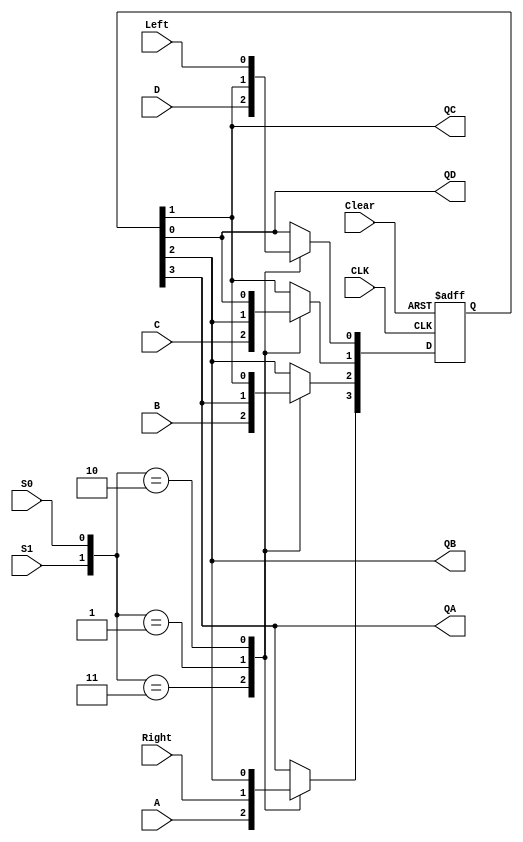
module gate74LS194(Clear,S1,S0,Left,Right,A,B,C,D,CLK,QA,QB,QC,QD);
    input Clear,S1,S0,Left,Right,A,B,C,D,CLK;
    output QA,QB,QC,QD;
    wire Clear,S1,S0,Left,Right,A,B,C,D,CLK;
    wire QA,QB,QC,QD;
    reg[3:0]   Qtemp;
    always @(negedge Clear,posedge CLK)
        begin
            if(!Clear) //Clear
                begin
                    Qtemp<=4'b0000; //
                end
            else       //
                begin
                    case({S1,S0})
                        2'b11: Qtemp<={A,B,C,D};//
                        2'b01://
                            begin
                                Qtemp[0]<=Qtemp[1];
                                Qtemp[1]<=Qtemp[2];
                                Qtemp[2]<=Qtemp[3];
                                Qtemp[3]<=Right;
                            end
                        2'b10://
                            begin
                                Qtemp[3]<=Qtemp[2];
                                Qtemp[2]<=Qtemp[1];
                                Qtemp[1]<=Qtemp[0];
                                Qtemp[0]<=Left;
                            end
                        //2'b00 //
                    endcase
                end
        end
    assign {QA,QB,QC,QD}=Qtemp;
endmodule